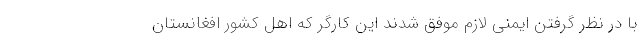
با در نظر گرفتن ایمنی لازم موفق شدند این کارگر که اهل کشور افغانستان